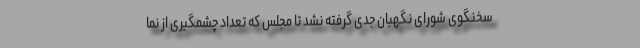
سخنگوی شورای نگهبان جدی گرفته نشد تا مجلس که تعداد چشمگیری از نما